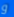
و